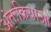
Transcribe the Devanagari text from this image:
अंतःक्रियाओ